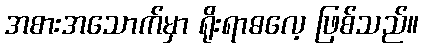
အစားအသောက်မှာ ရိုးရာဓလေ့ ဖြစ်သည်။